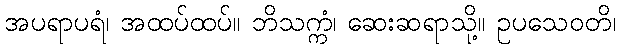
အပရာပရံ၊ အထပ်ထပ်။ ဘိသက္ကံ၊ ဆေးဆရာသို့။ ဥပသေဝတိ၊